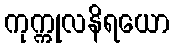
ကုက္ကုလနိရယော